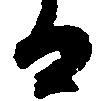
る